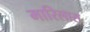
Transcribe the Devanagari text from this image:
मारिलास